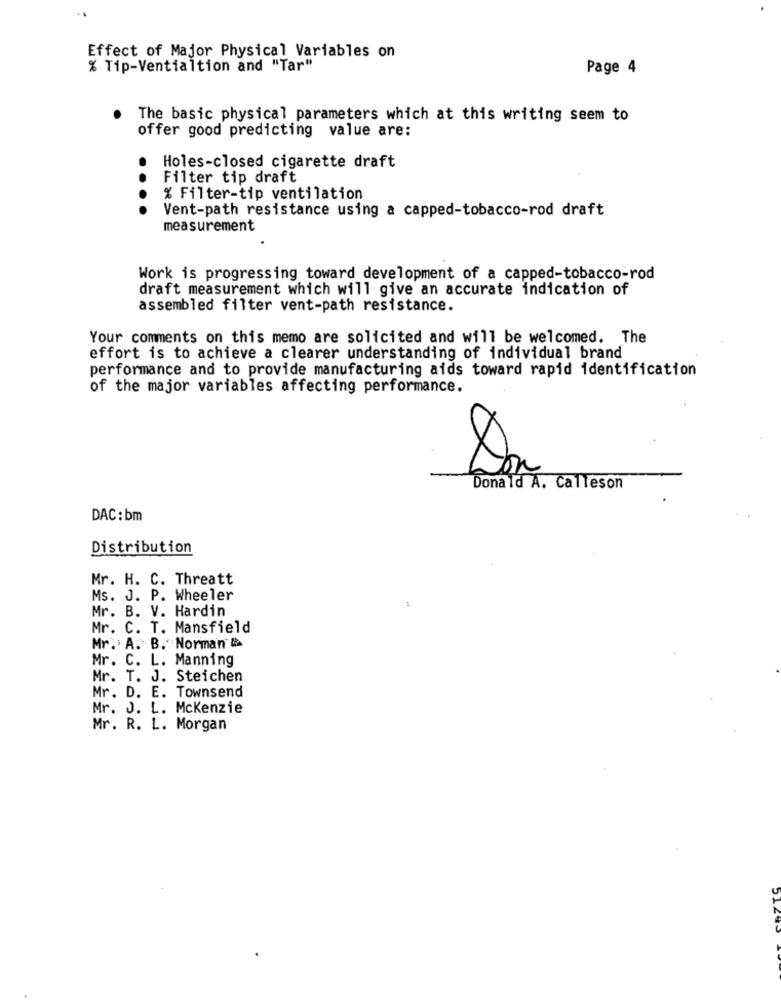
Effect of Major Physical Variables on
% Tip-Ventialtion and "Tar"
Page 4
The basic physical parameters which at this writing seem to
offer good predicting value are:
Holes-closed cigarette draft
Filter tip draft
% Filter-tip ventilation
....
Vent-path resistance using a capped-tobacco-rod draft
measurement
Work is progressing toward development of a capped-tobacco-rod
draft measurement which will give an accurate indication of
assembled filter vent-path resistance.
Your comments on this memo are solicited and will be welcomed. The
effort is to achieve a clearer understanding of individual brand
performance and to provide manufacturing aids toward rapid identification
of the major variables affecting performance.
Donald A. Calleson
DAC: bm
Distribution
Mr. H. C. Threatt
Ms. J. P. Wheeler
Mr. B. V. Hardin
Mr. C. T. Mansfield
Mr. A. B. Norman #
Mr. C. L. Manning
Mr. T. J. Steichen
Mr. D. E. Townsend
Mr. J. L. Mckenzie
Mr. R. L. Morgan